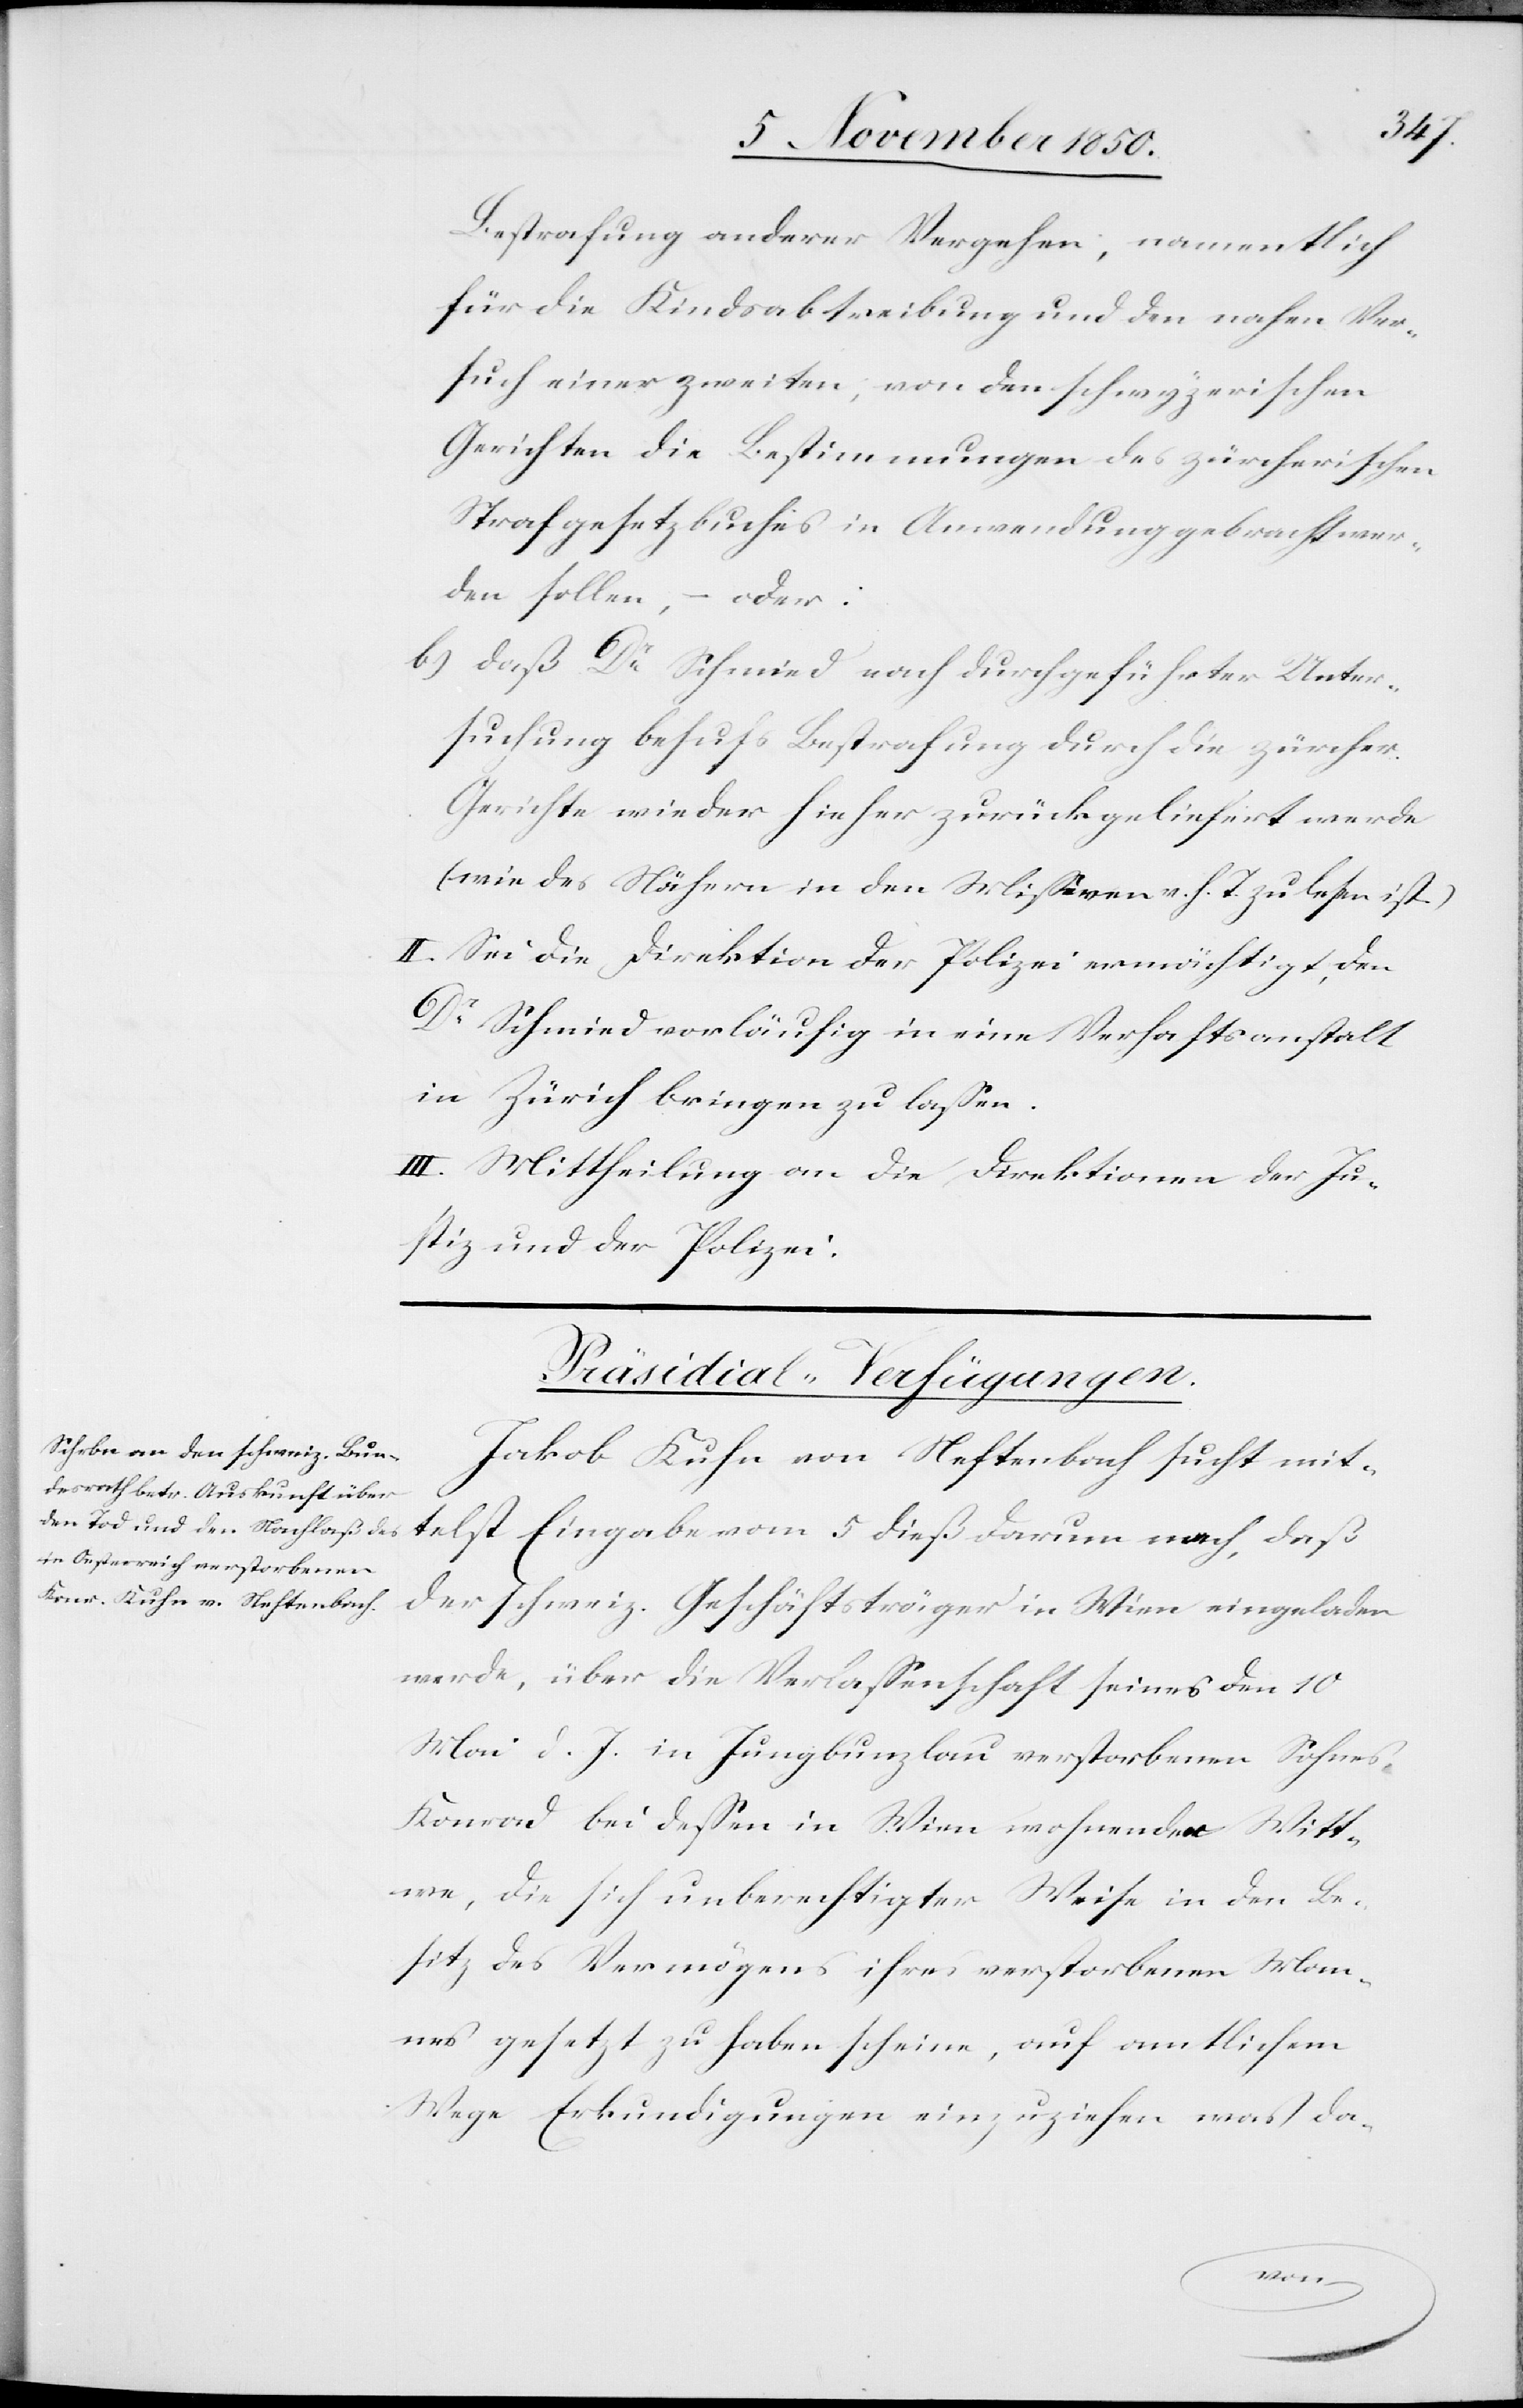
Bestrafung anderer Vergehen, namentlich
für die Kindsabtreibung und den nahen Ver¬
such einer zweiten, von den schwyzerischen
Gerichten die Bestimmungen des zürcherischen
Strafgesetzbuches in Anwendung gebracht wer¬
den sollen – oder:
b) daß Dr Schmied nach durchgeführter Unter¬
suchung behufs Bestrafung durch die zürcher
Gerichte wieder hieher zurückgeliefert werde
(wie des Nähern in den Missiven v. h. T. zu lesen ist)
II. Sei die Direktion der Polizei ermächtigt, den
Dr Schmied vorläufig in eine Verhaftsanstalt
in Zürich bringen zu lassen.
III. Mittheilung an die Direktion der Ju¬
stiz und der Polizei.
Präsidial-Verfügungen.
Jakob Kuhn von Neftenbach sucht mit¬
telst Eingabe vom 5 dieß darum nach, daß
der schweiz. Geschäftsträger in Wien eingeladen
werde, über die Verlassenschaft seines den 10
Mai d. J. in Jungbunzlau verstorbenen Sohnes
Konrad bei dessen in Wien wohnender Witt¬
we, die sich unberechtigter Weise in den Be¬
sitz des Vermögens ihres verstorbenen Man¬
nes gesetzt zu haben scheine, auf amtlichem
Wege Erkundigungen einzuziehen[,] was da-